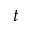
t